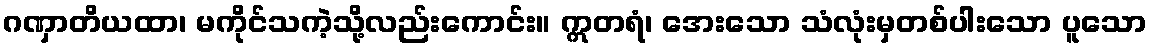
ဂဏှာတိယထာ၊ မကိုင်သကဲ့သို့လည်းကောင်း။ ဣတရံ၊ အေးသော သံလုံးမှတစ်ပါးသော ပူသော